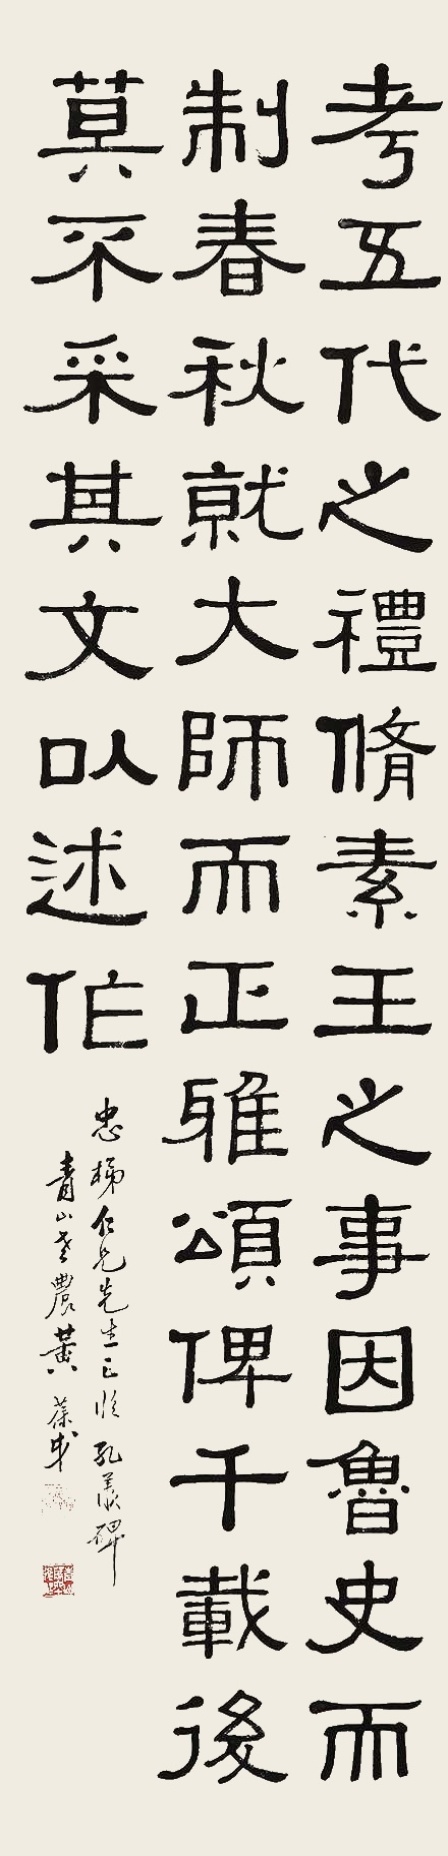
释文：考五代之礼，修素王之事，因鲁史而制春秋，就大师而正雅颂，俾千载后，莫不采其文以述作。忠梯仁兄先生正，临《孔羡碑》，青山老农黄葆戉。